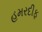
હમરદીફ